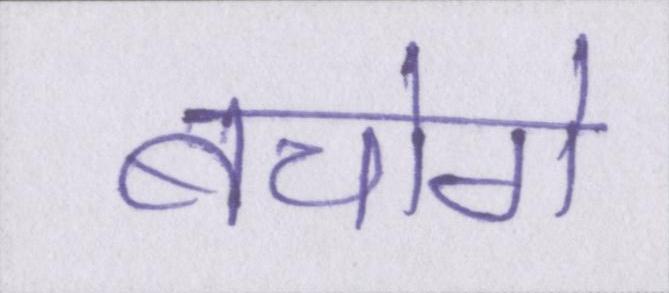
बचोगे